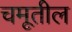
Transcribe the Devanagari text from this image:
चमूतील